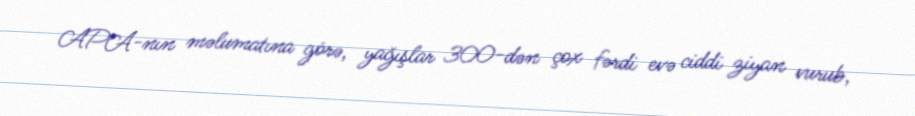
APA-nın məlumatına görə, yağışlar 300-dən çox fərdi evə ciddi ziyan vurub,